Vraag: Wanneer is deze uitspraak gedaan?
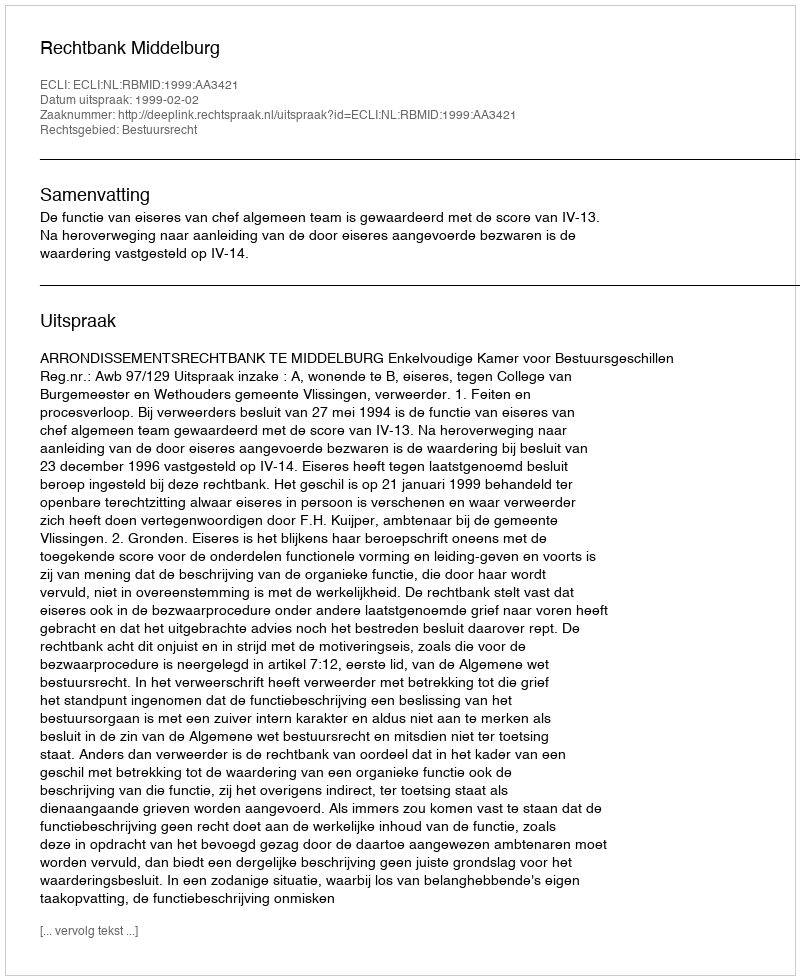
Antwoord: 1999-02-02